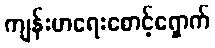
ကျန်းမာရေးစောင့်ရှောက်